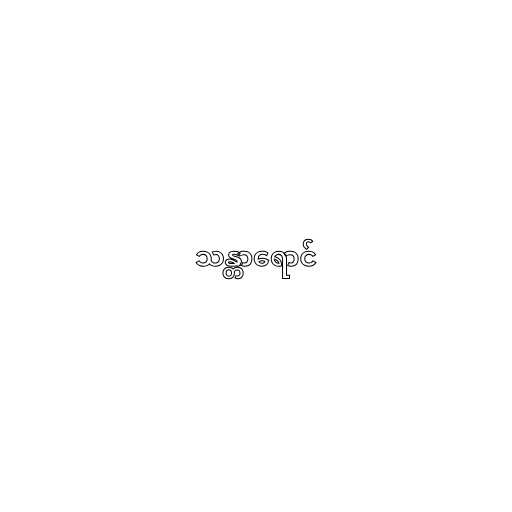
သန္တာရောင်